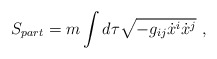
\begin{align*} S_{part} = m \int d\tau \sqrt{ -g_{ij} \dot{x}^i \dot{x}^j}~,\end{align*}